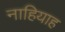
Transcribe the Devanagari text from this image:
नाहियाह